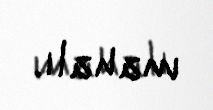
mahalı.